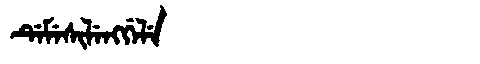
Manchu: ᡩᡝᠮᡝᠰᡳᠯᡝᠩᡤᡝᠯᡝ
Romanization: DEMESILENGGELE